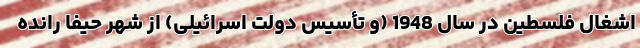
اشغال فلسطین در سال 1948 (و تأسیس دولت اسرائیلی) از شهر حیفا رانده